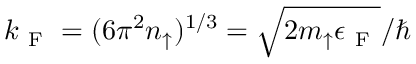
k _ { \mathrm { ~ F ~ } } = ( 6 \pi ^ { 2 } n _ { \uparrow } ) ^ { 1 / 3 } = \sqrt { 2 m _ { \uparrow } \epsilon _ { \mathrm { ~ F ~ } } } / \hbar